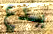
يدع